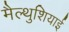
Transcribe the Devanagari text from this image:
मैल्थुशियाई